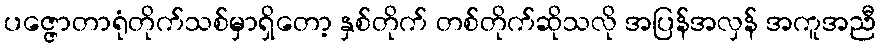
ပဇ္ဇောတာရုံတိုက်သစ်မှာရှိတော့ နှစ်တိုက် တစ်တိုက်ဆိုသလို အပြန်အလှန် အကူအညီ